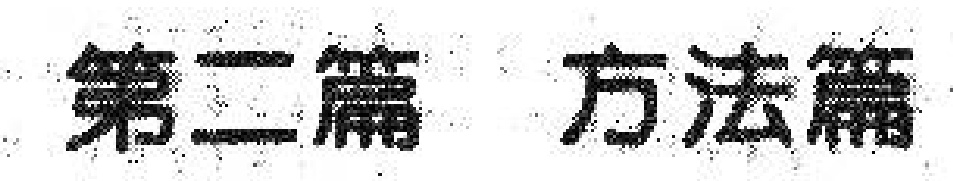
第二篇 方法篇